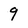
Character: 9